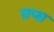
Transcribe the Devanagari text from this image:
ग्रप्स